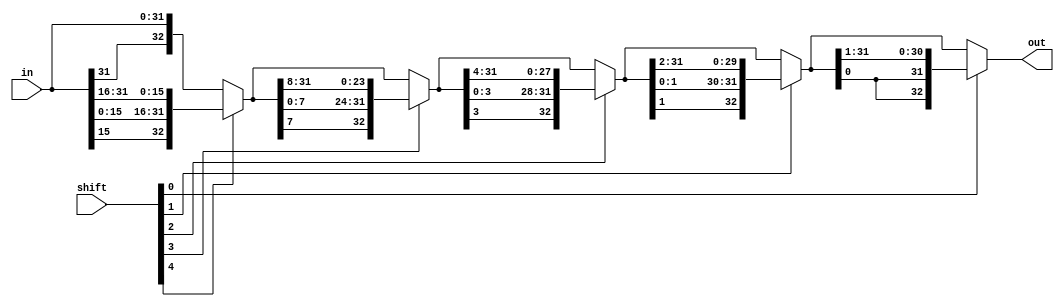
module ror_struct
#( 
  parameter CTRL=5, 
  parameter WIDTH=2**CTRL
)
( 
  input   [WIDTH-1:0] in,
  input   [ CTRL-1:0] shift,
  output  [WIDTH:0] out 
);
  wire [WIDTH:0] tmp [CTRL:0];
  assign tmp[CTRL] = {in[31], in};
  assign out = tmp[0];
  genvar i;
  generate
    for (i = 0; i < CTRL; i = i + 1) begin: mux
      assign tmp[i] = shift[i] ? {tmp[i+1][(2**i)-1], tmp[i+1][(2**i)-1:0],tmp[i+1][WIDTH-1:(2**i)]} : tmp[i+1];
    end
  endgenerate
endmodule